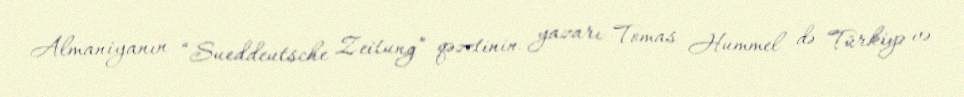
Almaniyanın “Sueddeutsche Zeitung” qəzetinin yazarı Tomas Hummel də Türkiyə və